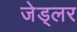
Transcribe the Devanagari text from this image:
जेड्लर